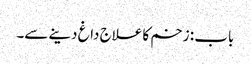
باب : زخم کا علاج داغ دینے سے۔